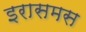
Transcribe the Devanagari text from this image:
इरासमस